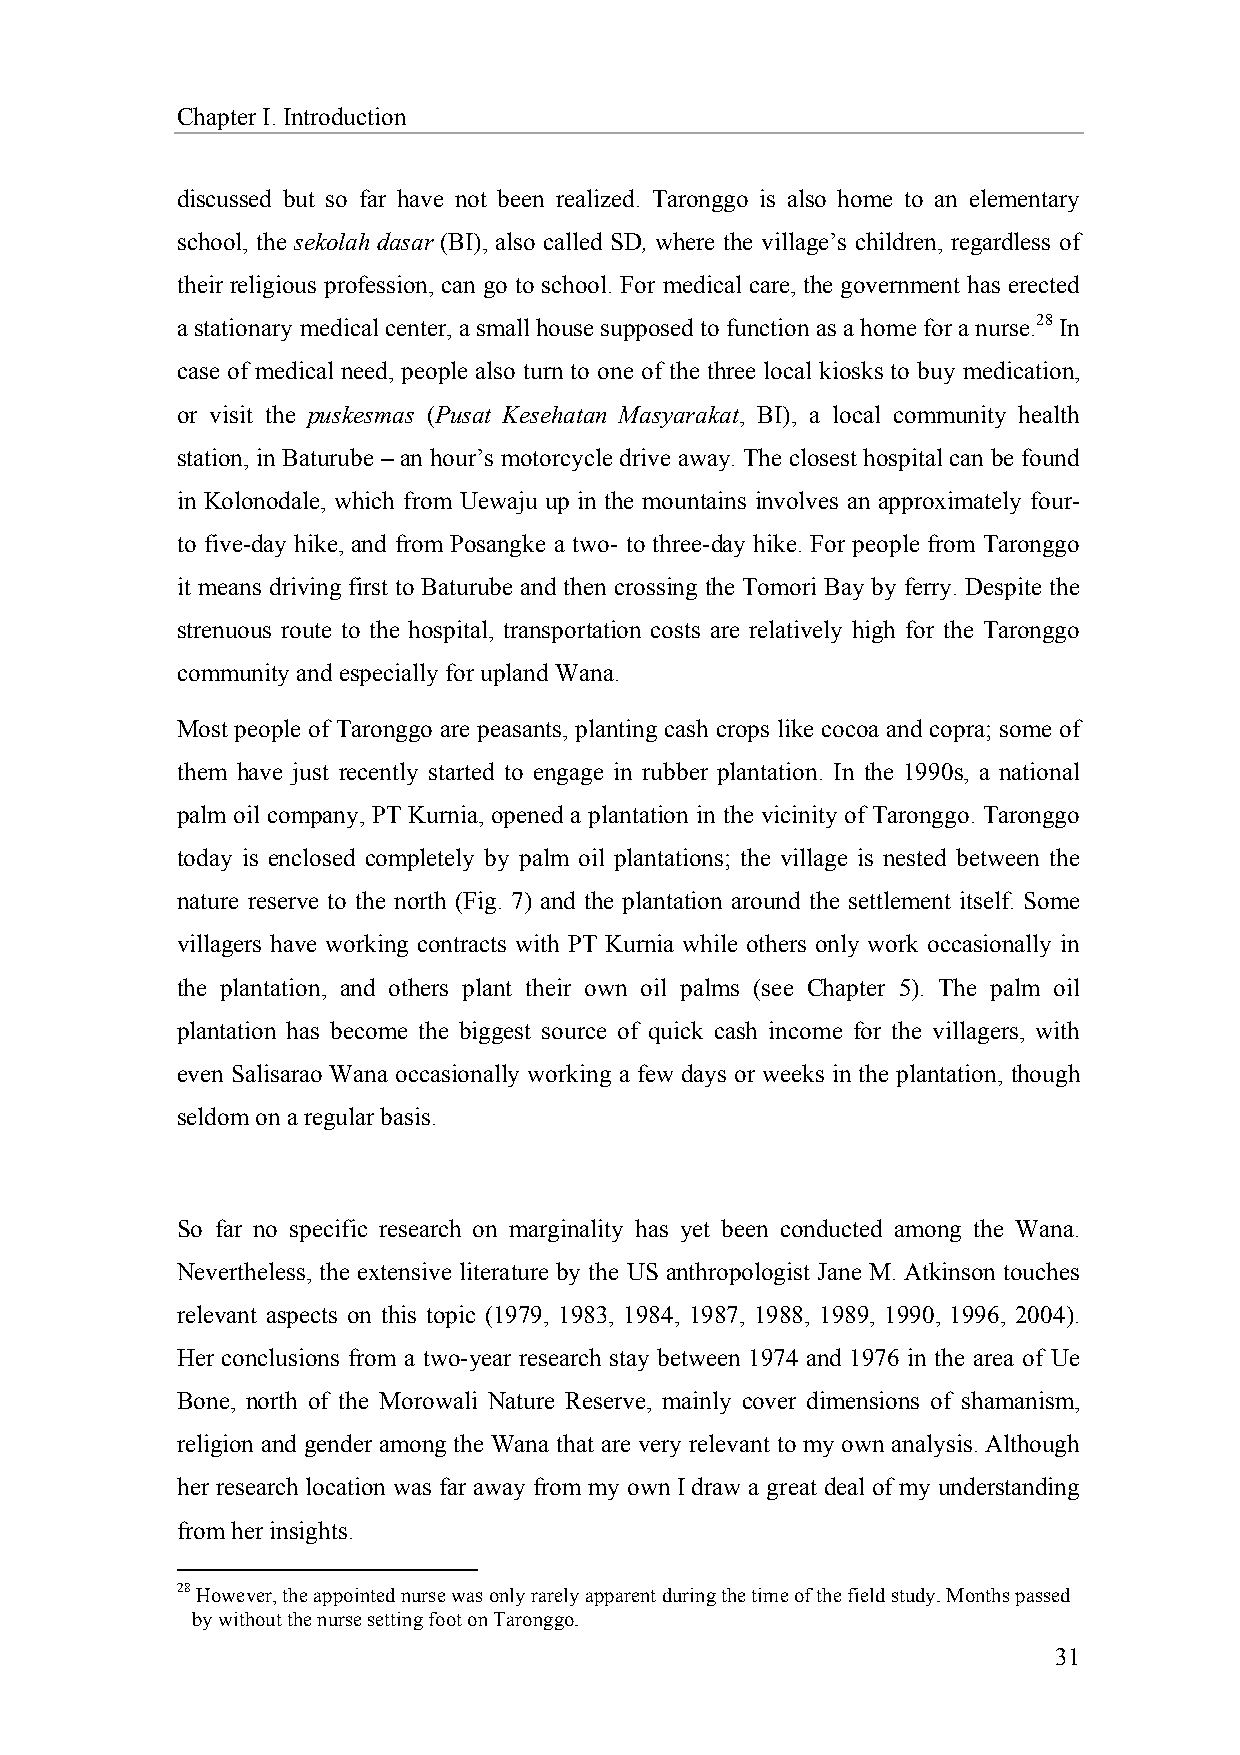
Chapter I. Introduction
 discussed but so far have not been realized. Taronggo is also home to an elementary
 school, the sekolah dasar (BI), also called SD, where the village’s children, regardless of
 their religious profession, can go to school. For medical care, the government has erected
 a stationary medical center, a small house supposed to function as a home for a nurse.28 In
 case of medical need, people also turn to one of the three local kiosks to buy medication,
 or visit the puskesmas (Pusat Kesehatan Masyarakat, BI), a local community health
 station, in Baturube – an hour’s motorcycle drive away. The closest hospital can be found
 in Kolonodale, which from Uewaju up in the mountains involves an approximately four-
 to five-day hike, and from Posangke a two- to three-day hike. For people from Taronggo
 it means driving first to Baturube and then crossing the Tomori Bay by ferry. Despite the
 strenuous route to the hospital, transportation costs are relatively high for the Taronggo
 community and especially for upland Wana.
 Most people of Taronggo are peasants, planting cash crops like cocoa and copra; some of
 them have just recently started to engage in rubber plantation. In the 1990s, a national
 palm oil company, PT Kurnia, opened a plantation in the vicinity of Taronggo. Taronggo
 today is enclosed completely by palm oil plantations; the village is nested between the
 nature reserve to the north (Fig. 7) and the plantation around the settlement itself. Some
 villagers have working contracts with PT Kurnia while others only work occasionally in
 the plantation, and others plant their own oil palms (see Chapter 5). The palm oil
 plantation has become the biggest source of quick cash income for the villagers, with
 even Salisarao Wana occasionally working a few days or weeks in the plantation, though
 seldom on a regular basis.
 So far no specific research on marginality has yet been conducted among the Wana.
 Nevertheless, the extensive literature by the US anthropologist Jane M. Atkinson touches
 relevant aspects on this topic (1979, 1983, 1984, 1987, 1988, 1989, 1990, 1996, 2004).
 Her conclusions from a two-year research stay between 1974 and 1976 in the area of Ue
 Bone, north of the Morowali Nature Reserve, mainly cover dimensions of shamanism,
 religion and gender among the Wana that are very relevant to my own analysis. Although
 her research location was far away from my own I draw a great deal of my understanding
 from her insights.
 28 However, the appointed nurse was only rarely apparent during the time of the field study. Months passed
 by without the nurse setting foot on Taronggo.
 31